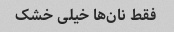
فقط نان‌ها خیلی خشک